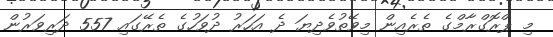
މި ޕްރޮގްރާމްގެ ތެރެއިން މިވޭތުވެދިޔަ ދެ އަހަރު ދުވަހުގެ ތެރޭގައި 557 ދަރިވަރުން